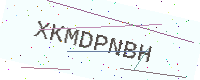
Text: XKMDPNBH